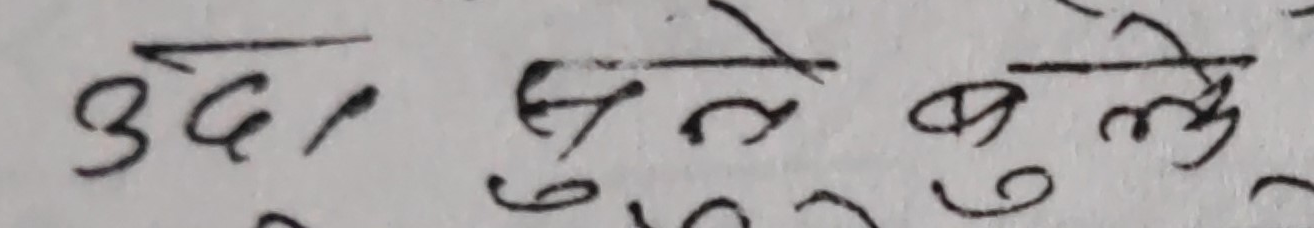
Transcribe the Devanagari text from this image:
उठा बुले बुले